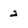
Character: 2